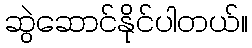
ဆွဲဆောင်နိုင်ပါတယ်။